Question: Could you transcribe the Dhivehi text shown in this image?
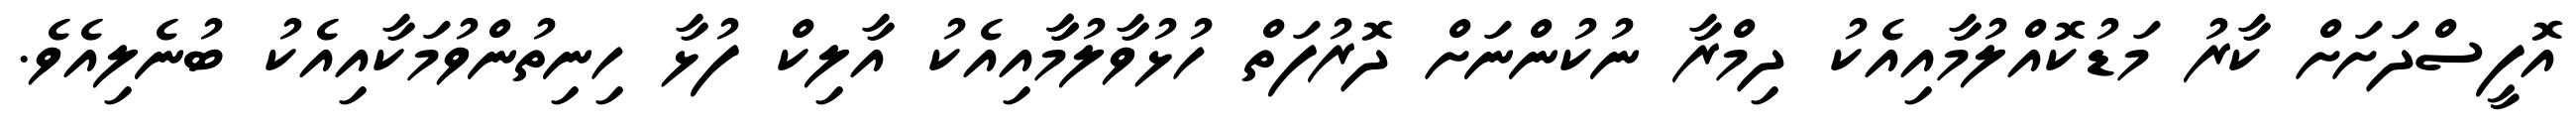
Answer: އޮފީސްދަށަށް ކާރު މަޑުކޮއްލުމާއިއެކު ދިމްރާ ނުކުންނަށް ދޮރުފަތް ހުޅުވާލުމާާއިއެކު އާލިކް ފުޅާ ހިނިތުންވުމަކާއިއެކު ބުނެލިއެވެ.